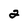
Character: 2